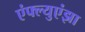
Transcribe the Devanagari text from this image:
एंफ्ल्युएंझा